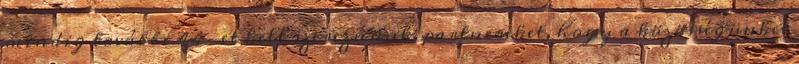
mindig további 44-et kell szereznünk, partnereket, hogy a közösségünket